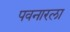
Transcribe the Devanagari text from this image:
पवनारला